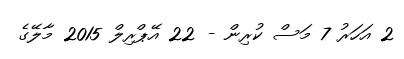
2 އަހަރު 7 މަސް ކުރިން - 22 އޭޕްރިލް 2015 މާލޭގެ